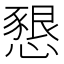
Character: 𢡆